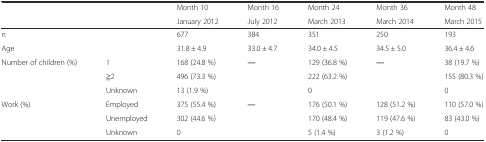
|  |  | Month 10 | Month 16 | Month 24 | Month 36 | Month 48 |
 |  |  | January 2012 | July 2012 | March 2013 | March 2014 | March 2015 |
 | --- | --- | --- | --- | --- | --- | --- |
 | <COLSPAN=2> n | 677 | 384 | 351 | 250 | 193 |
 | <COLSPAN=2> Age | 31.8 ± 4.9 | 33.0 ± 4.7 | 34.0 ± 4.5 | 34.5 ± 5.0 | 36.4 ± 4.6 |
 | <ROWSPAN=3> Number of children (%) | 1 | 168 (24.8 %) | <ROWSPAN=3> ― | 129 (36.8 %) | <ROWSPAN=3> ― | 38 (19.7 %) |
 | ≧2 | 496 (73.3 %) | 222 (63.2 %) | 155 (80.3 %) |
 | Unknown | 13 (1.9 %) | 0 | 0 |
 | <ROWSPAN=3> Work (%) | Employed | 375 (55.4 %) | <ROWSPAN=3> ― | 176 (50.1 %) | 128 (51.2 %) | 110 (57.0 %) |
 | Unemployed | 302 (44.6 %) | 170 (48.4 %) | 119 (47.6 %) | 83 (43.0 %) |
 | Unknown | 0 | 5 (1.4 %) | 3 (1.2 %) | 0 |